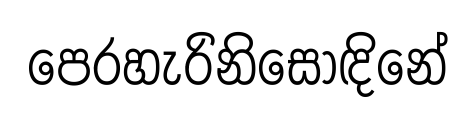
පෙරහැරිනිසොඳිනේ